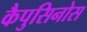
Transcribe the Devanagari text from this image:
कैपुसिनोस